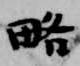
略